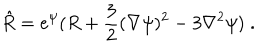
LaTeX: \hat { R } = e ^ { \psi } ( R + \frac { 3 } { 2 } ( \nabla \psi ) ^ { 2 } - 3 \nabla ^ { 2 } \psi ) \; .